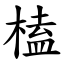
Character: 榼